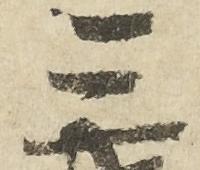
三